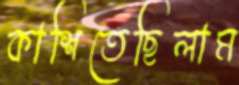
কাশিতেছিলাম